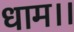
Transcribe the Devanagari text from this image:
धाम।।